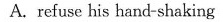
A. refuse his hand-shaking